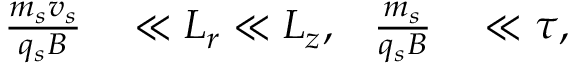
\begin{array} { r l r l } { \frac { m _ { s } v _ { s } } { q _ { s } B } } & { { } \ll L _ { r } \ll L _ { z } , } & { \frac { m _ { s } } { q _ { s } B } } & { { } \ll \tau , } \end{array}